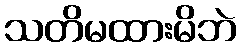
သတိမထားမိဘဲ